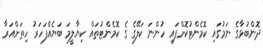
ދޮންބުޅާގެ ނަމުގައި ކޮމެންޓުކޮށްފައި ހުންނަ ކަލޭގެ ގެ ކޮމެންޓުތައް ކިޔާލީމަ ބަޔެއްފަހަރު ހިތަށްއަރާ